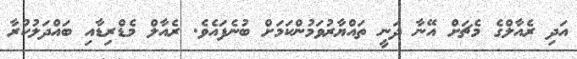
އަދި ރެއާލްގެ މެޗަށް އޭނާ ދަނީ ތައްޔާރުވަމުންކަމަށް ބުނެފައެވެ. ރެއާލް މެޑްރިޑާއި ބައްދަލުކުރާ